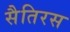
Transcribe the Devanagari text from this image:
सैतिरस